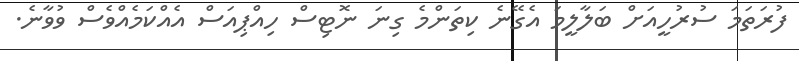
ފުރަތަމަ ސުރުހީއަށް ބަލާލީމަ އެގޭނެ ކިތަންމެ ގިނަ ނޮޓިސް ހިއްޕިއަސް އެއްކަމެއްވެސް ވުވާނެ.